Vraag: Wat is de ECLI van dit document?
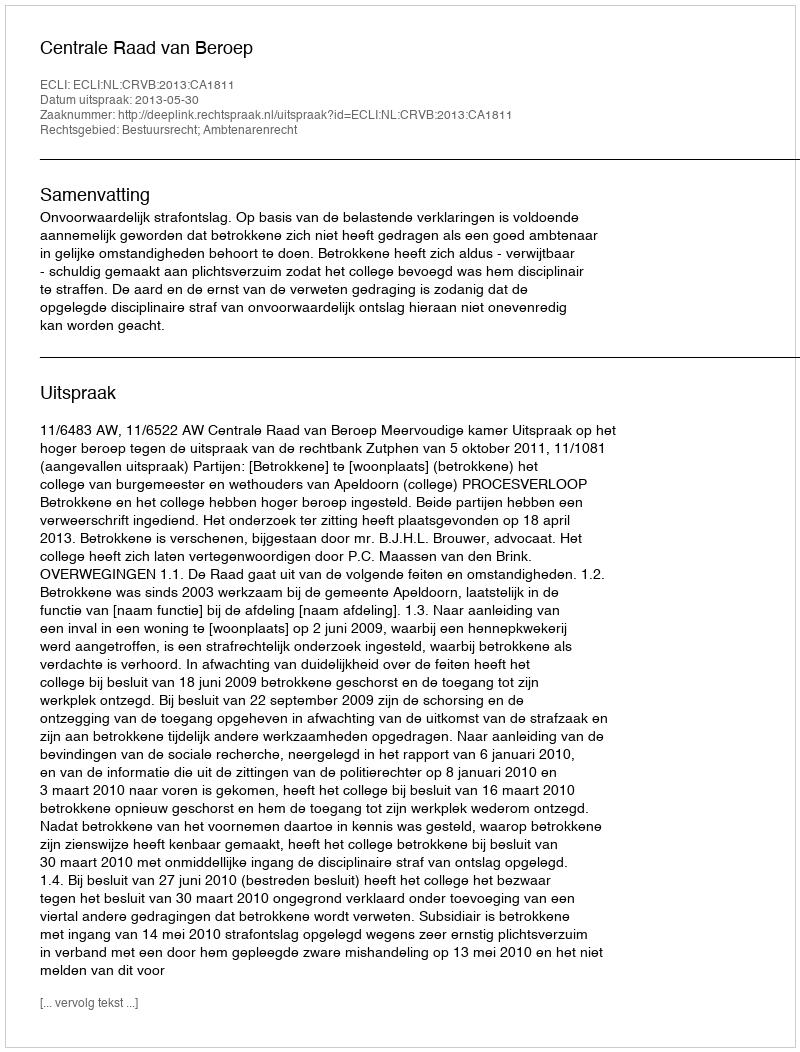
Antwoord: ECLI:NL:CRVB:2013:CA1811